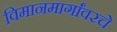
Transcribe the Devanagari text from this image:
विमानमार्गांवरचे